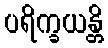
ပရိက္ခယန္တိ